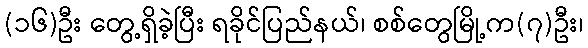
(၁၆)ဦး တွေ့ရှိခဲ့ပြီး ရခိုင်ပြည်နယ်၊ စစ်တွေမြို့က(၇)ဦး၊